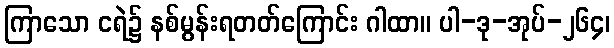
ကြာသော ငရဲ၌ နစ်မွန်းရတတ်ကြောင်း ဂါထာ။ ပါ-ဒု-အုပ်-၂၆၄၊